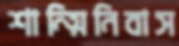
শান্ত্মিনিবাস